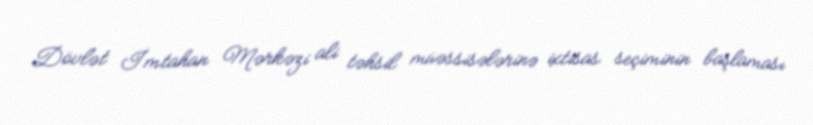
Dövlət İmtahan Mərkəzi ali təhsil müəssisələrinə ixtisas seçiminin başlaması